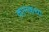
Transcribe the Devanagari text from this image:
कामकथा